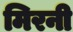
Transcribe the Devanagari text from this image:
मिरनी